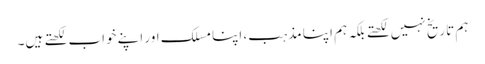
ہم تاریخ نہیں لکھتے بلکہ ہم اپنا مذہب، اپنا مسلک اور اپنے خواب لکھتے ہیں۔